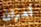
أمران